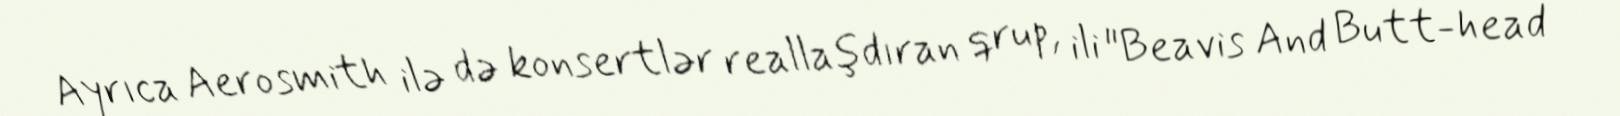
Ayrıca Aerosmith ilə də konsertlər reallaşdıran qrup, ili "Beavis And Butt-head